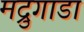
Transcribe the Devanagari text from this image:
मद्रुगाडा